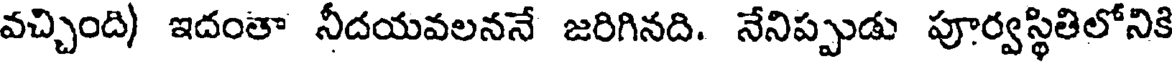
వచ్చింది) ఇదంతా నీదయవలననే జరిగినది. నేనిప్పుడు పూర్వస్థితిలోనికి